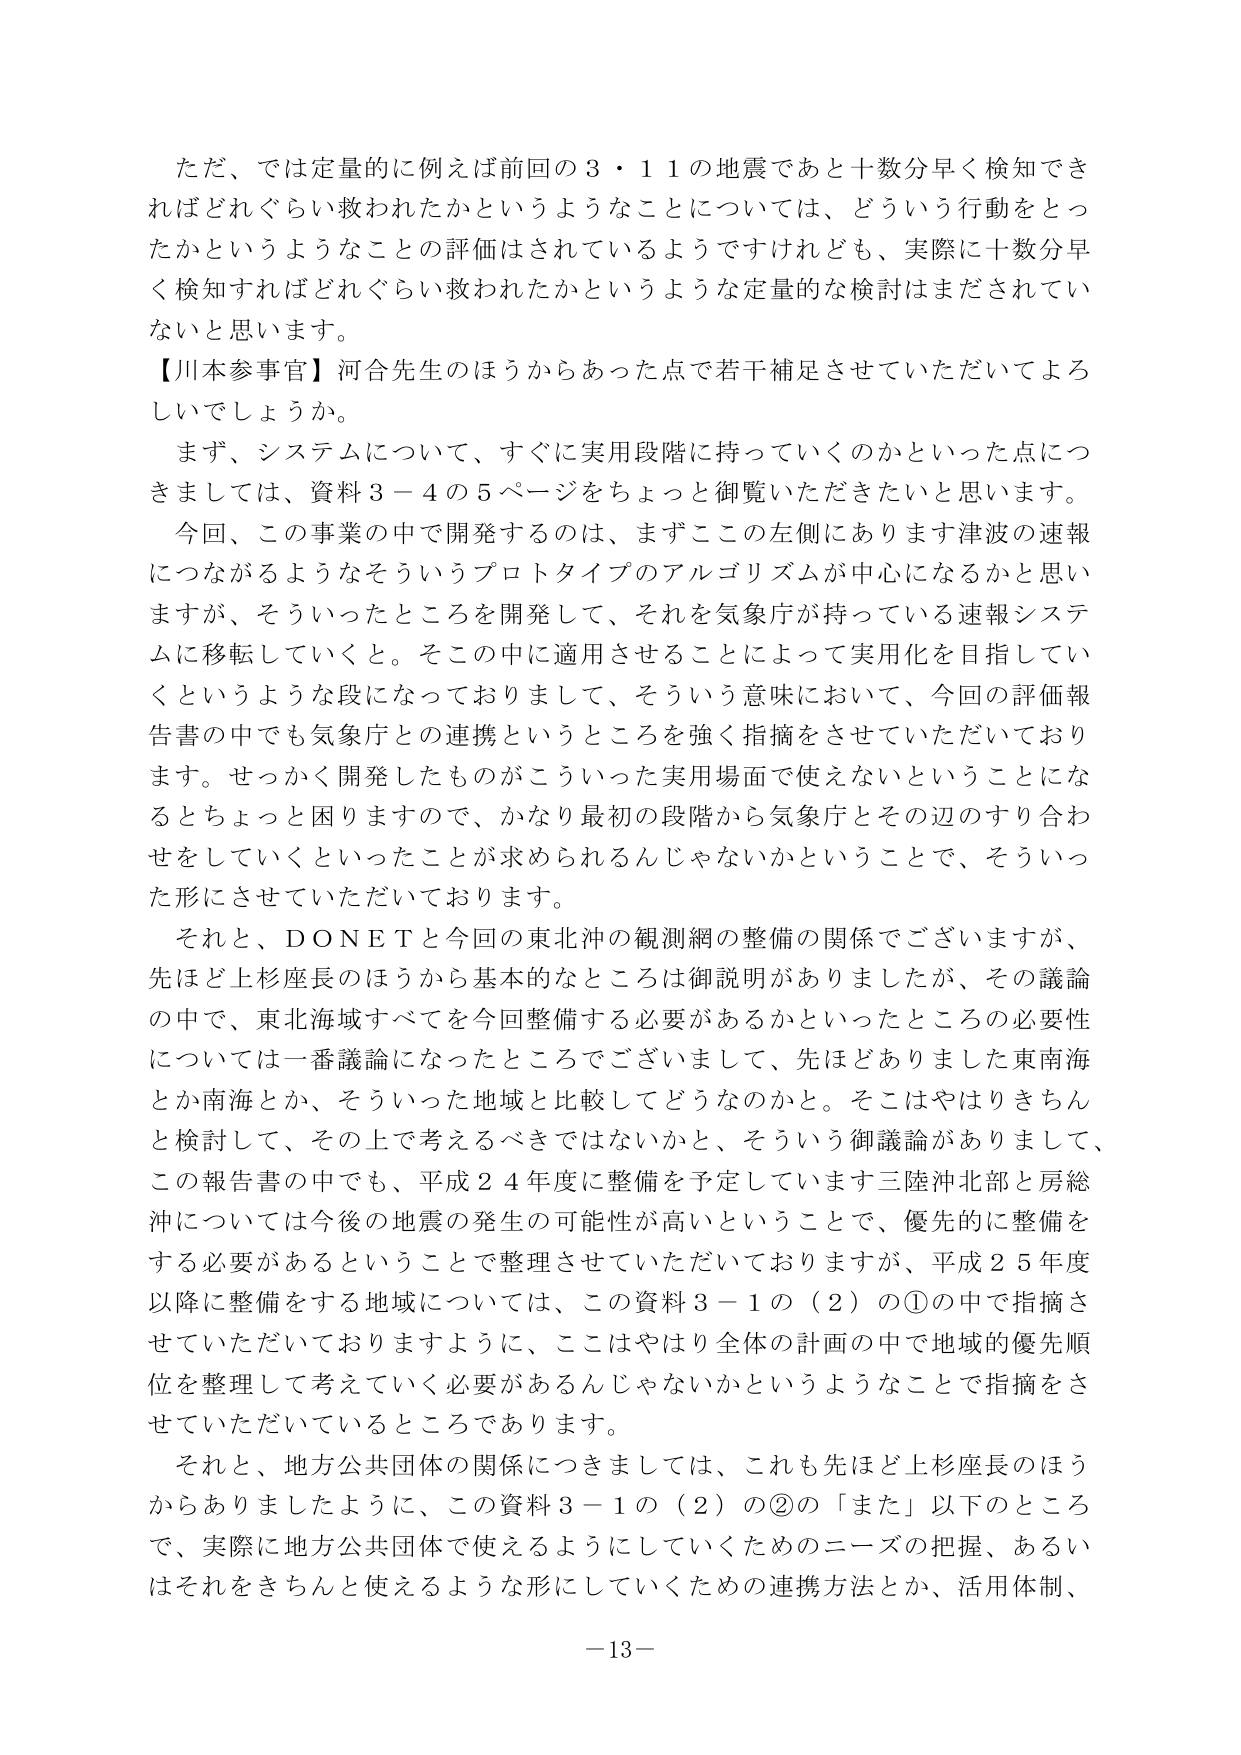
ただ、では定量的に例えば前回の３・１１の地震であと十数分早く検知できればどれぐらい救われたかというようなことについては、どういう行動をとったかというようなことの評価はされているようですが、実際に十数分早く検知すればどれぐらい救われたかというような定量的な検討はまだされていないと思います。

【川本参事官】河合先生のほうからあった点で若干補足させていただいてよろしいでしょうか。

まず、システムについて、すぐに実用段階に持っていくのかといった点につきましては、資料３－４の５ページをちょっと御覧いただきたいと思います。

今回、この事業の中で開発するのは、まずこの左側にあります津波の速報につながるようなそういうプロトタイプのアルゴリズムが中心になるかと思いますが、そういったところを開発して、それを気象庁が持っている速報システムに移転していくと。そこの中に適用させることによって実用化を目指していくというような段になっておりまして、そういう意味において、今回の評価報告書の中でも気象庁との連携というところを強く指摘をさせていただいております。せっかく開発したものがこういった実用場面で使えないということになるとちょっと困りますので、かなり最初の段階から気象庁とその辺のすり合わせをしていくといったことが求められるんじゃないかということで、そういった形にさせていただいております。

それと、ＤＯＮＥＴと今回の東北沖の観測網の整備の関係でございますが、先ほど上杉座長のほうから基本的なところは御説明がありましたが、その議論の中で、東北海域すべてを今回整備する必要があるかといったところの必要性については一番議論になったところでございまして、先ほどありました東南海とか南海とか、そういった地域と比較してどうなのかと。そこはやはりきちんと検討して、その上で考えるべきではないかと、そういう御議論がありまして、この報告書の中でも、平成２４年度に整備を予定しています三陸沖北部と房総沖については今後の地震の発生の可能性が高いということで、優先的に整備をする必要があるということで整理させていただいておりますが、平成２５年度以降に整備をする地域については、この資料３－１の（２）の①の中で指摘させていただいておりますように、ここはやはり全体の計画の中で地域的優先順位を整理して考えていく必要があるんじゃないかというようなことで指摘をさせていただいているところであります。

それと、地方公共団体の関係につきましては、これも先ほど上杉座長のほうからありましたように、この資料３－１の（２）の②の「また」以下のところで、実際に地方公共団体で使えるようにしていくためのニーズの把握、あるいはそれをきちんと使えるような形にしていくための連携方法とか、活用体制、

－13－